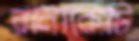
রানাকোট